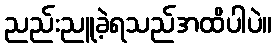
ညည်းညူခဲ့ရသည်အထိပါပဲ။